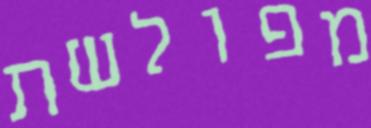
מפולשת